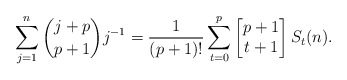
\begin{align*}\sum_{j=1}^{n} \binom{j+p}{p+1} j^{-1} = \frac{1}{(p+1)!} \sum_{t=0}^{p}\begin{bmatrix} p+1 \\ t+1 \end{bmatrix} S_{t}(n).\end{align*}